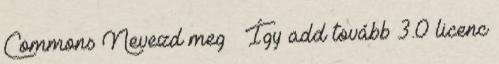
Commons Nevezd meg – Így add tovább 3.0 licenc